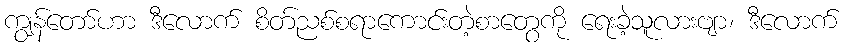
ကျွန်တော်ဟာ ဒီလောက် စိတ်ညစ်စရာကောင်းတဲ့စာတွေကို ရေးခဲ့သူလားဗျာ၊ ဒီလောက်